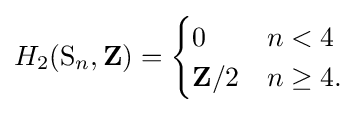
H_{2}(\mathrm {S} _{n},\mathbf {Z} )={\begin{cases}0&n<4\\\mathbf {Z} /2&n\geq 4.\end{cases}}